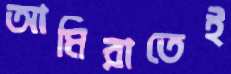
আমিরাতেই